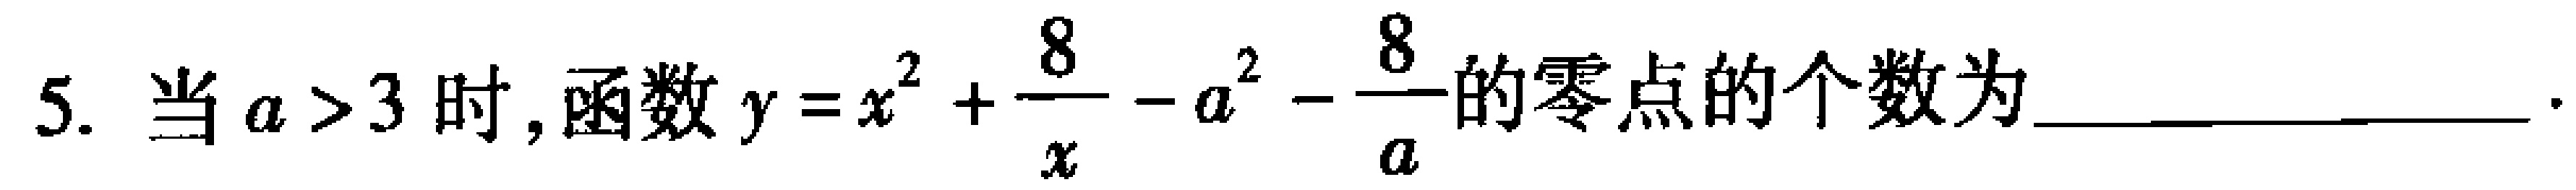
5. 当$a > 3$时,函数$y = x^{2}+\dfrac{8}{x}-a^{2}-\dfrac{8}{a}$的零点的个数为________________.